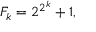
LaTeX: F _ { k } = 2 ^ { 2 ^ { k } } + 1 ,